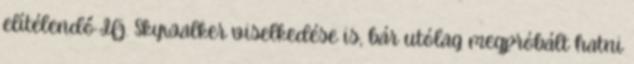
elítélendő Ifj. Skywalker viselkedése is, bár utólag megpróbált hatni